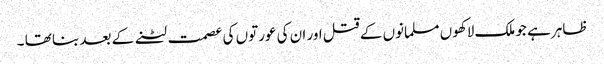
ظاہر ہے جو ملک لاکھوں مسلمانوں کے قتل اور ان کی عورتوں کی عصمت لٹنے کے بعد بنا تھا ۔